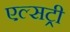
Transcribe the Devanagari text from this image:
एल्सट्री